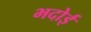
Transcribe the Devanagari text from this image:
भदोई